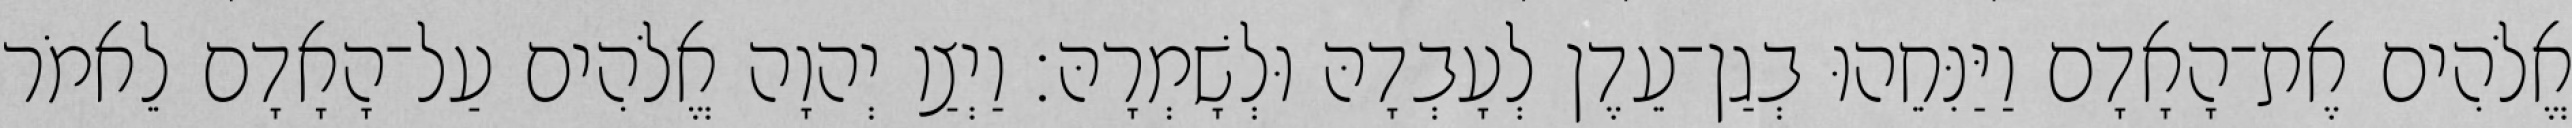
אֱלֹהִים אֶת־הָאָדָם וַיַּנִּחֵהוּ בְגַן־עֵדֶן לְעָבְדָהּ וּלְשָׁמְרָהּ׃ וַיְצַו יְהוָה אֱלֹהִים עַל־הָאָדָם לֵאמֹר